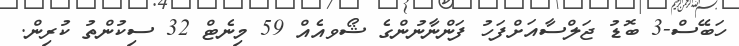
ހަބޭސް-3 ބޮޑު ޖަލްސާއަށްފަހު ފަންނާނުންގެ ޝޯވއެއް 59 މިނެޓް 32 ސިކުންތު ކުރިން.